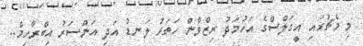
މި މެޗުގައި އީގަލްސްގެ އަހުމަދު ރިޒްވާން ހަތަރު ލަނޑު އަދި އަންސަރު އިބްރާހިމް..